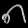
Digit: ၈